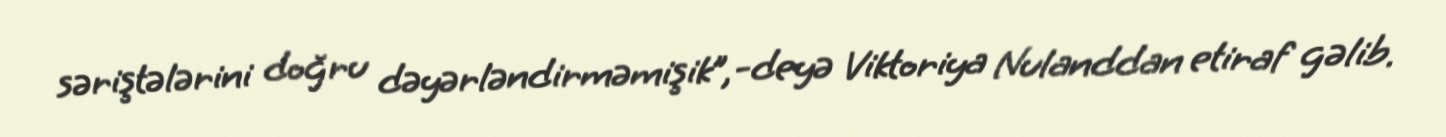
səriştələrini doğru dəyərləndirməmişik”,-deyə Viktoriya Nulanddan etiraf gəlib.